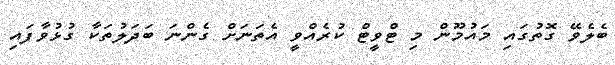
ބެލެވޭ ގޮތުގައި މައުމޫން މި ޓްވީޓް ކުރެއްވީ އެތަނަށް ގެންނަ ބަދަލުތަކާ ގުޅުވާފައި